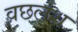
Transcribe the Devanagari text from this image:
वछलश